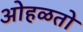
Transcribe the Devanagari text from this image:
ओहळतो